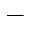
-